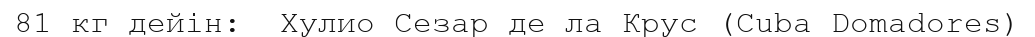
81 кг дейін:  Хулио Сезар де ла Крус (Cuba Domadores)